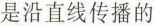
是沿直线传播的